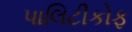
પાલિટીકોફ